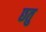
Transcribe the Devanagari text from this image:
छतु